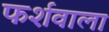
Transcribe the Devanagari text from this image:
फर्शवाला